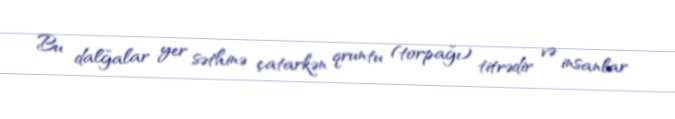
Bu dalğalar yer səthinə çatarkən qruntu (torpağı) titrədir və insanlar